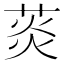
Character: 菼